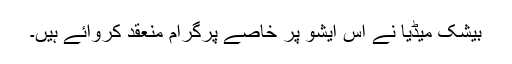
بیشک میڈیا نے اس ایشو پر خاصے پرگرام منعقد کروائے ہیں۔